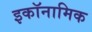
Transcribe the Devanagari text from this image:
इकॉनामिक